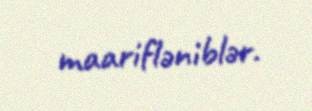
maarifləniblər.